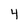
Character: 4